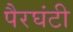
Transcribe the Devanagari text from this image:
पैरघंटी